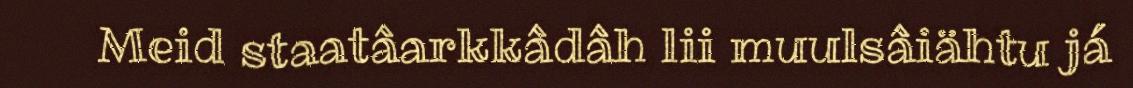
Meid staatâarkkâdâh lii muulsâiähtu já